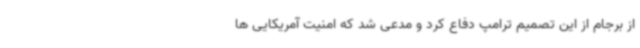
از برجام از این تصمیم ترامپ دفاع کرد و مدعی شد که امنیت آمریکایی ها